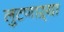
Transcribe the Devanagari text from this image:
लुटणाऱ्या